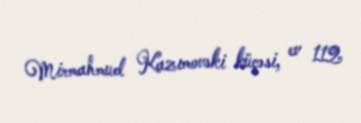
Mirmahmud Kazımovski küçəsi, ev 112